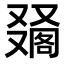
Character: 𠮀